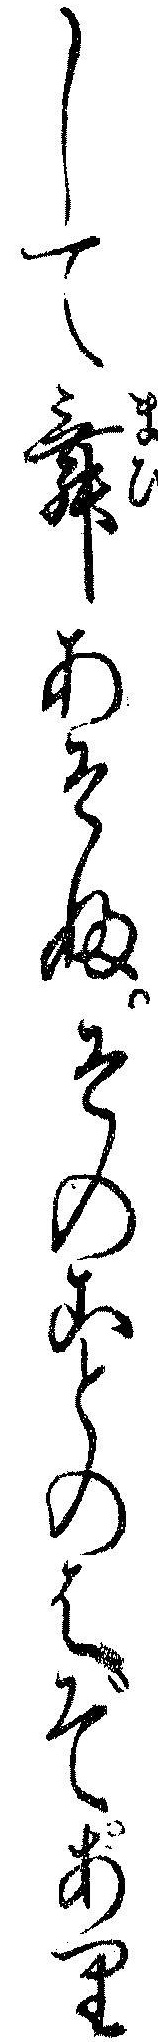
して舞あそふそのことのはぞあり